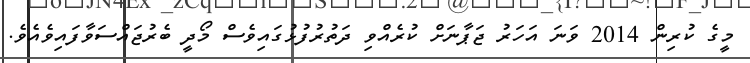
މީގެ ކުރިން 2014 ވަނަ އަހަރު ޖަޕާނަށް ކުރެއްވި ދަތުރުފުޅުގައިވެސް މޯދީ ބެރުޖައްސަވާފައިވެއެވެ.